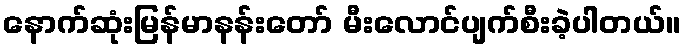
နောက်ဆုံးမြန်မာနန်းတော် မီးလောင်ပျက်စီးခဲ့ပါတယ်။